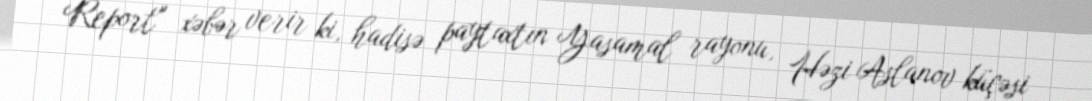
Report" xəbər verir ki, hadisə paytaxtın Yasamal rayonu, Həzi Aslanov küçəsi